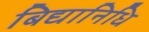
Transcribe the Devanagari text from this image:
बिद्यानिधि